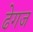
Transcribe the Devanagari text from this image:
ढेगज